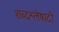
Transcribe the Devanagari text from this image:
शब्दश्लेषादी